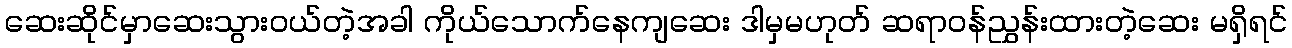
ဆေးဆိုင်မှာဆေးသွားဝယ်တဲ့အခါ ကိုယ်သောက်နေကျဆေး ဒါမှမဟုတ် ဆရာဝန်ညွှန်းထားတဲ့ဆေး မရှိရင်